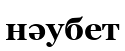
нәубет